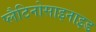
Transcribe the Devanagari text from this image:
प्लैटिनोसाइनाइड